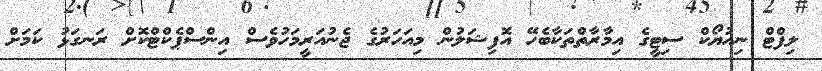
ލިފްޓް ނިއުޔޯކް ސިޓީގެ އިމާރާތްތަކާބެހޭ އޮފިޝަލުން މިއަހަރުގެ ޖެނުއަރީމަހުވެސް އިންސްޕެކްޓްކޮށް ރަނގަޅު ކަމަށް